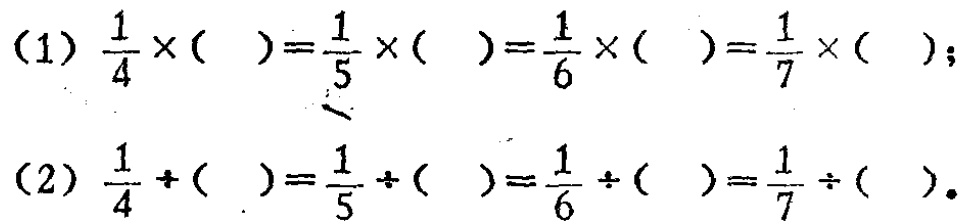
(1) $\frac{1}{4}\times(\space)=\frac{1}{5}\times(\space)=\frac{1}{6}\times(\space)=\frac{1}{7}\times(\space)$;

(2) $\frac{1}{4}\div(\space)=\frac{1}{5}\div(\space)=\frac{1}{6}\div(\space)=\frac{1}{7}\div(\space)$.